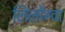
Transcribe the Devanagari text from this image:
लिलोंग्वा